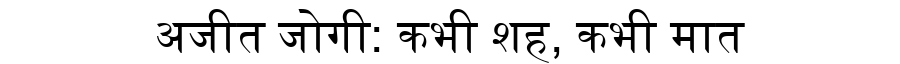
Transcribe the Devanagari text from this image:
अजीत जोगी: कभी शह, कभी मात